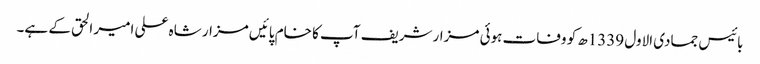
بائیس جمادی الاول 1339ھ کو وفات ہوئی مزار شریف آپ کا خام پائیں مزار شاہ علی امیر الحق کے ہے۔